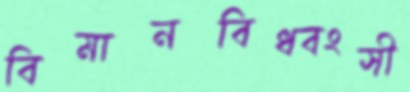
বিমানবিধ্বংসী